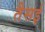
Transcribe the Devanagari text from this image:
तैसई